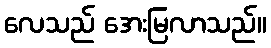
လေသည် အေးမြလာသည်။